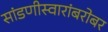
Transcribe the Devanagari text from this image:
सांडणीस्वारांबरोबर